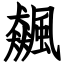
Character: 飆